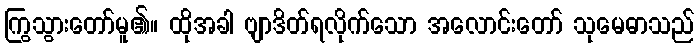
ကြွသွားတော်မူ၏။ ထိုအခါ ဗျာဒိတ်ရလိုက်သော အလောင်းတော် သုမေဓာသည်